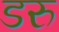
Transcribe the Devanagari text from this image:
डरु